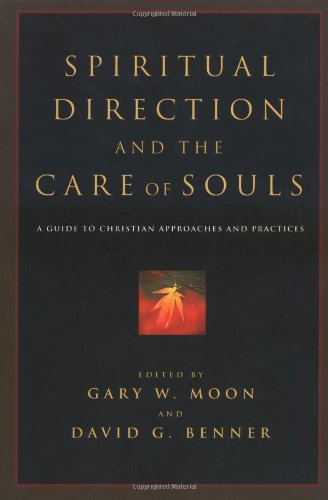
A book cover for Spiritual Direction and the Care of Souls: A Guide to Christian Approaches and Practices; Religion & Spirituality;